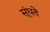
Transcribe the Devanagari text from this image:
सूंघते